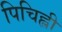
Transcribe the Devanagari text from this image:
पिचिह्ली